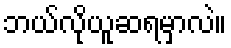
ဘယ်လိုယူဆရမှာလဲ။